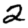
Digit: 2